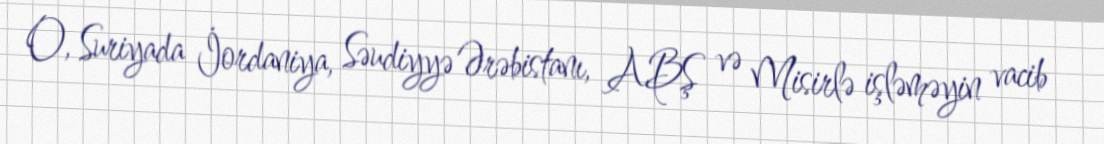
O, Suriyada İordaniya, Səudiyyə Ərəbistanı, ABŞ və Misirlə işləməyin vacib